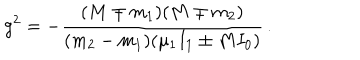
g ^ { 2 } = - \frac { ( M \mp m _ { 1 } ) ( M \mp m _ { 2 } ) } { ( m _ { 2 } - m _ { 1 } ) ( \mu _ { 1 } I _ { 1 } \pm M I _ { 0 } ) } \, .